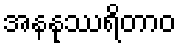
အနနုဿရိတာဝ